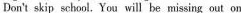
Don't skip school. You will be missing out on